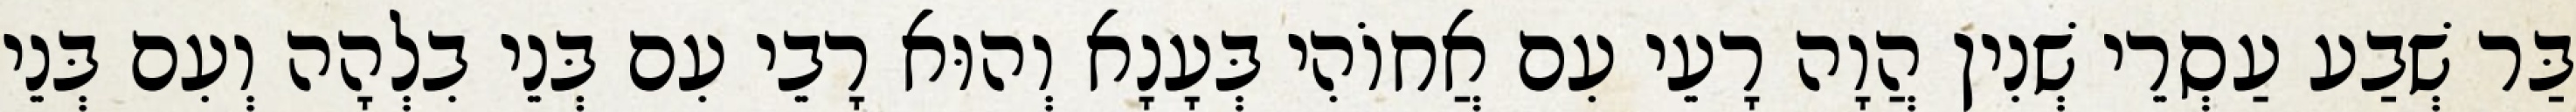
בַּר שְׁבַע עַסְרֵי שְׁנִין הֲוָה רָעֵי עִם אֲחוֹהִי בְּעָנָא וְהוּא רָבֵי עִם בְּנֵי בִלְהָה וְעִם בְּנֵי